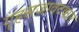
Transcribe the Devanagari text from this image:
गृहसजावटकार